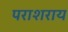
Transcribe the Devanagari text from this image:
पराशराय